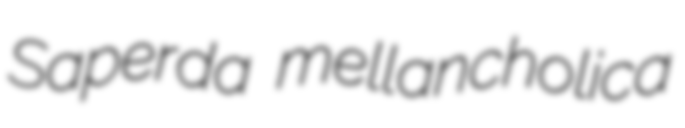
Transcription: Saperda mellancholica